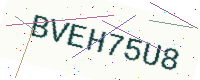
Text: BVEH75U8